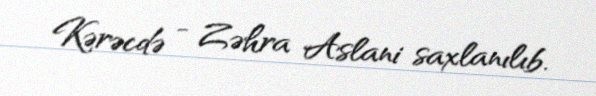
Kərəcdə - Zəhra Aslani saxlanılıb.